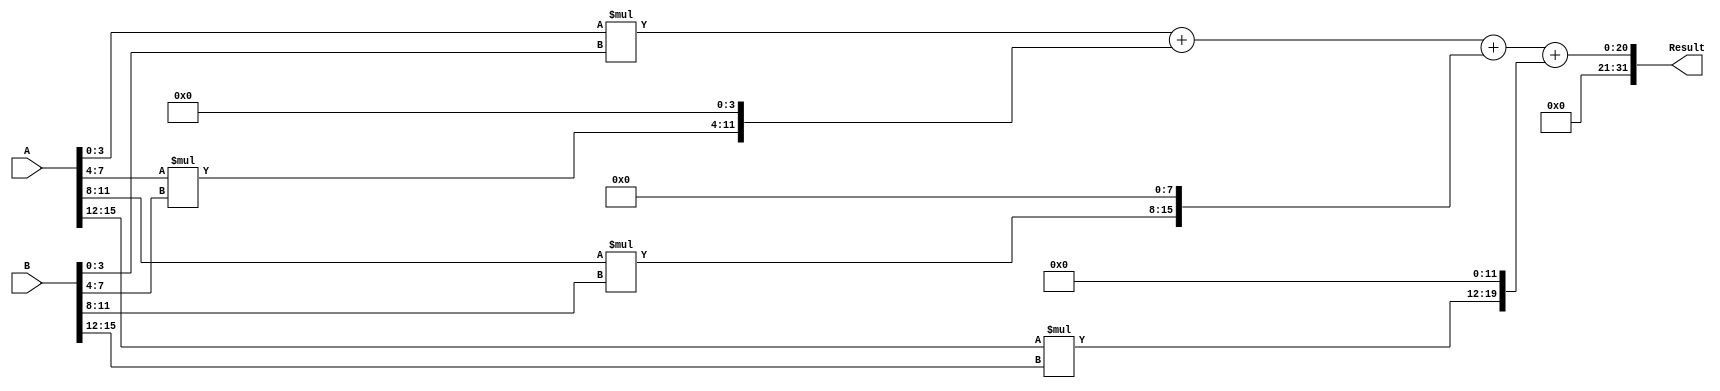
module Radix4Multiplier(
    input [15:0] A,
    input [15:0] B,
    output reg [31:0] Result
);

reg [15:0] partialProducts[3:0];
reg [31:0] sum;

always @(*) begin
    partialProducts[0] = A[3:0] * B[3:0];
    partialProducts[1] = A[7:4] * B[7:4];
    partialProducts[2] = A[11:8] * B[11:8];
    partialProducts[3] = A[15:12] * B[15:12];

    sum = partialProducts[0] + (partialProducts[1] << 4) + (partialProducts[2] << 8) + (partialProducts[3] << 12);
end

assign Result = sum;

endmodule